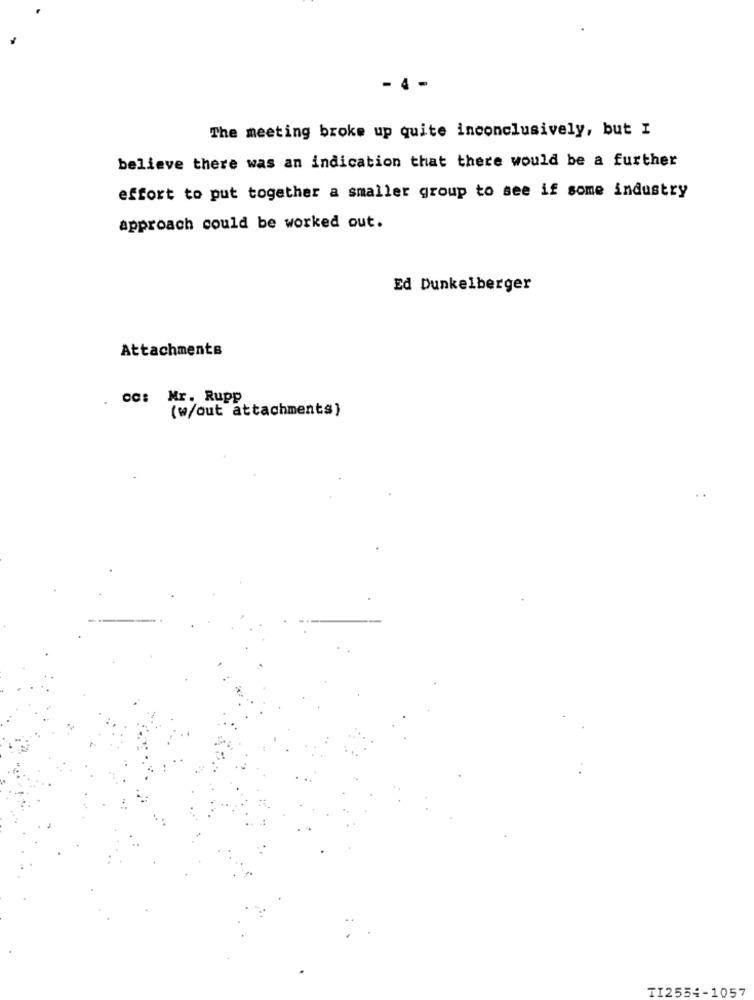
- 4 -
The meeting broke up quite inconclusively, but I
believe there was an indication that there would be a further
effort to put together a smaller group to see if some industry
approach could be worked out.
Ed Dunkelberger
Attachments
oc: Mr. Rupp
(w/out attachments}
TI2554-1057